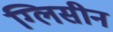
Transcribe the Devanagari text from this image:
ग्लिसीन